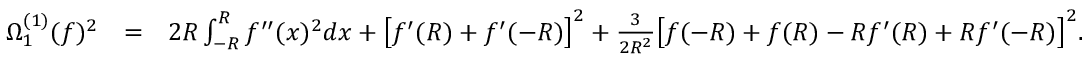
\begin{array} { r l r } { \Omega _ { 1 } ^ { ( 1 ) } ( f ) ^ { 2 } } & { = } & { 2 R \int _ { - R } ^ { R } f ^ { \prime \prime } ( x ) ^ { 2 } d x + \big [ f ^ { \prime } ( R ) + f ^ { \prime } ( - R ) \big ] ^ { 2 } + \frac { 3 } { 2 R ^ { 2 } } \big [ f ( - R ) + f ( R ) - R f ^ { \prime } ( R ) + R f ^ { \prime } ( - R ) \big ] ^ { 2 } . } \end{array}